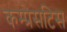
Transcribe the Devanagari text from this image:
कम्प्रेसटिस